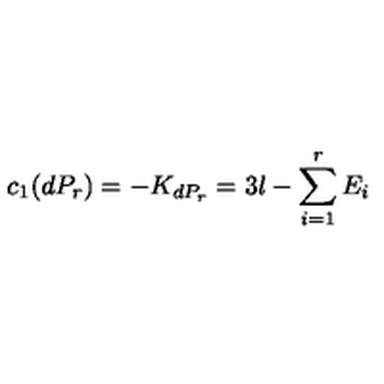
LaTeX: c _ { 1 } ( d P _ { r } ) = - K _ { d P _ { r } } = 3 l - \sum _ { i = 1 } ^ { r } { E _ { i } }